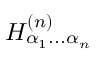
H _ { \alpha _ { 1 } . . . \alpha _ { n } } ^ { ( n ) }